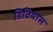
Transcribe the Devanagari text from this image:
डिवियास